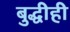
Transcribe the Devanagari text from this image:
बुद्धीही